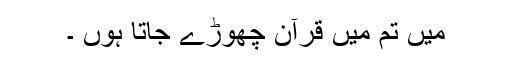
میں تم میں قرآن چھوڑے جاتا ہوں ۔